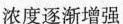
浓度逐渐增强